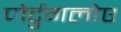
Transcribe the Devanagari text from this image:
पोर्टुगलोए